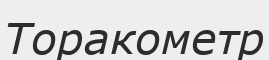
Торакометр